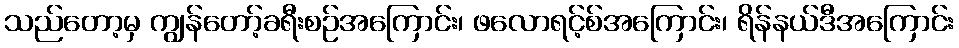
သည်တော့မှ ကျွန်တော့်ခရီးစဉ်အကြောင်း၊ ဖလောရင့်စ်အကြောင်း၊ ရိန်နယ်ဒီအကြောင်း